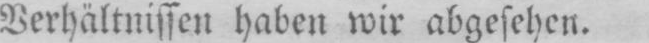
Verhältnissen haben wir abgesehen.